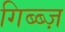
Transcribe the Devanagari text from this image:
गिब्ब्ज़